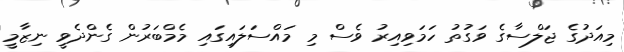
މިއަދުގެ ޖަލްސާގެ ވަގުތު ހަމަވިއިރު ވެސް މި މައްސަލައިގައި މެމްބަރުން ގެންދެވީ ނިޒާމީ